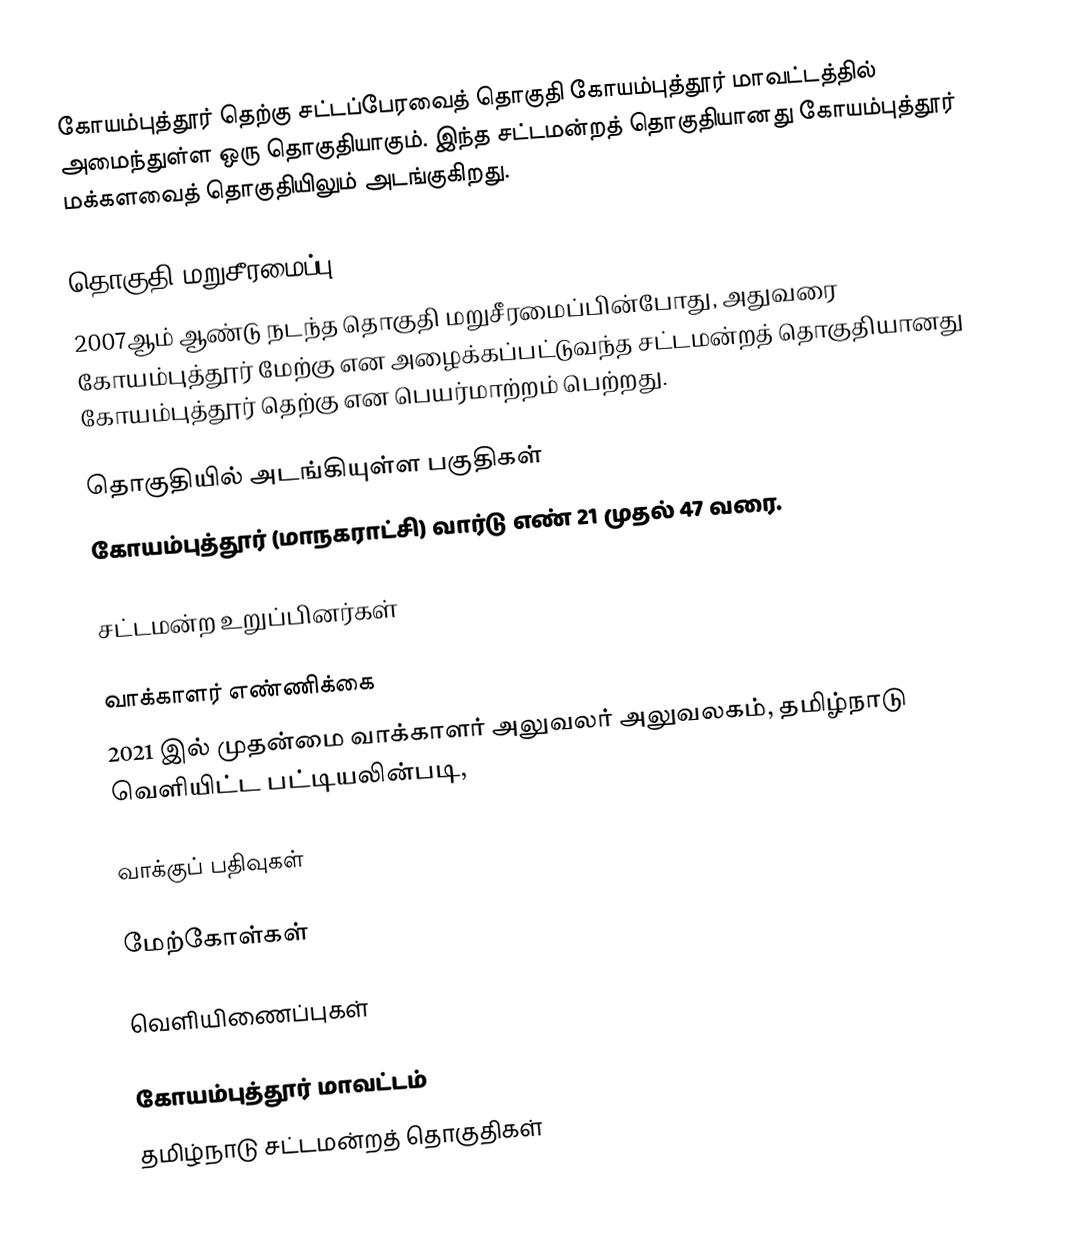
கோயம்புத்தூர் தெற்கு சட்டப்பேரவைத் தொகுதி கோயம்புத்தூர் மாவட்டத்தில் அமைந்துள்ள ஒரு தொகுதியாகும். இந்த சட்டமன்றத் தொகுதியானது கோயம்புத்தூர் மக்களவைத் தொகுதியிலும் அடங்குகிறது.

தொகுதி மறுசீரமைப்பு
2007ஆம் ஆண்டு நடந்த தொகுதி மறுசீரமைப்பின்போது,  அதுவரை கோயம்புத்தூர் மேற்கு என அழைக்கப்பட்டுவந்த சட்டமன்றத் தொகுதியானது கோயம்புத்தூர் தெற்கு என பெயர்மாற்றம் பெற்றது.

தொகுதியில் அடங்கியுள்ள பகுதிகள்
கோயம்புத்தூர் (மாநகராட்சி) வார்டு எண் 21 முதல் 47 வரை.

சட்டமன்ற உறுப்பினர்கள்

வாக்காளர் எண்ணிக்கை
2021 இல் முதன்மை வாக்காளர் அலுவலர் அலுவலகம், தமிழ்நாடு வெளியிட்ட பட்டியலின்படி,

வாக்குப் பதிவுகள்

மேற்கோள்கள்

வெளியிணைப்புகள்

கோயம்புத்தூர் மாவட்டம்
தமிழ்நாடு சட்டமன்றத் தொகுதிகள்